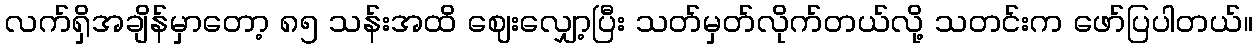
လက်ရှိအချိန်မှာတော့ ၈၅ သန်းအထိ ဈေးလျှော့ပြီး သတ်မှတ်လိုက်တယ်လို့ သတင်းက ဖော်ပြပါတယ်။